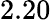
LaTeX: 2.20